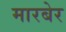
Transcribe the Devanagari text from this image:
मारबेर